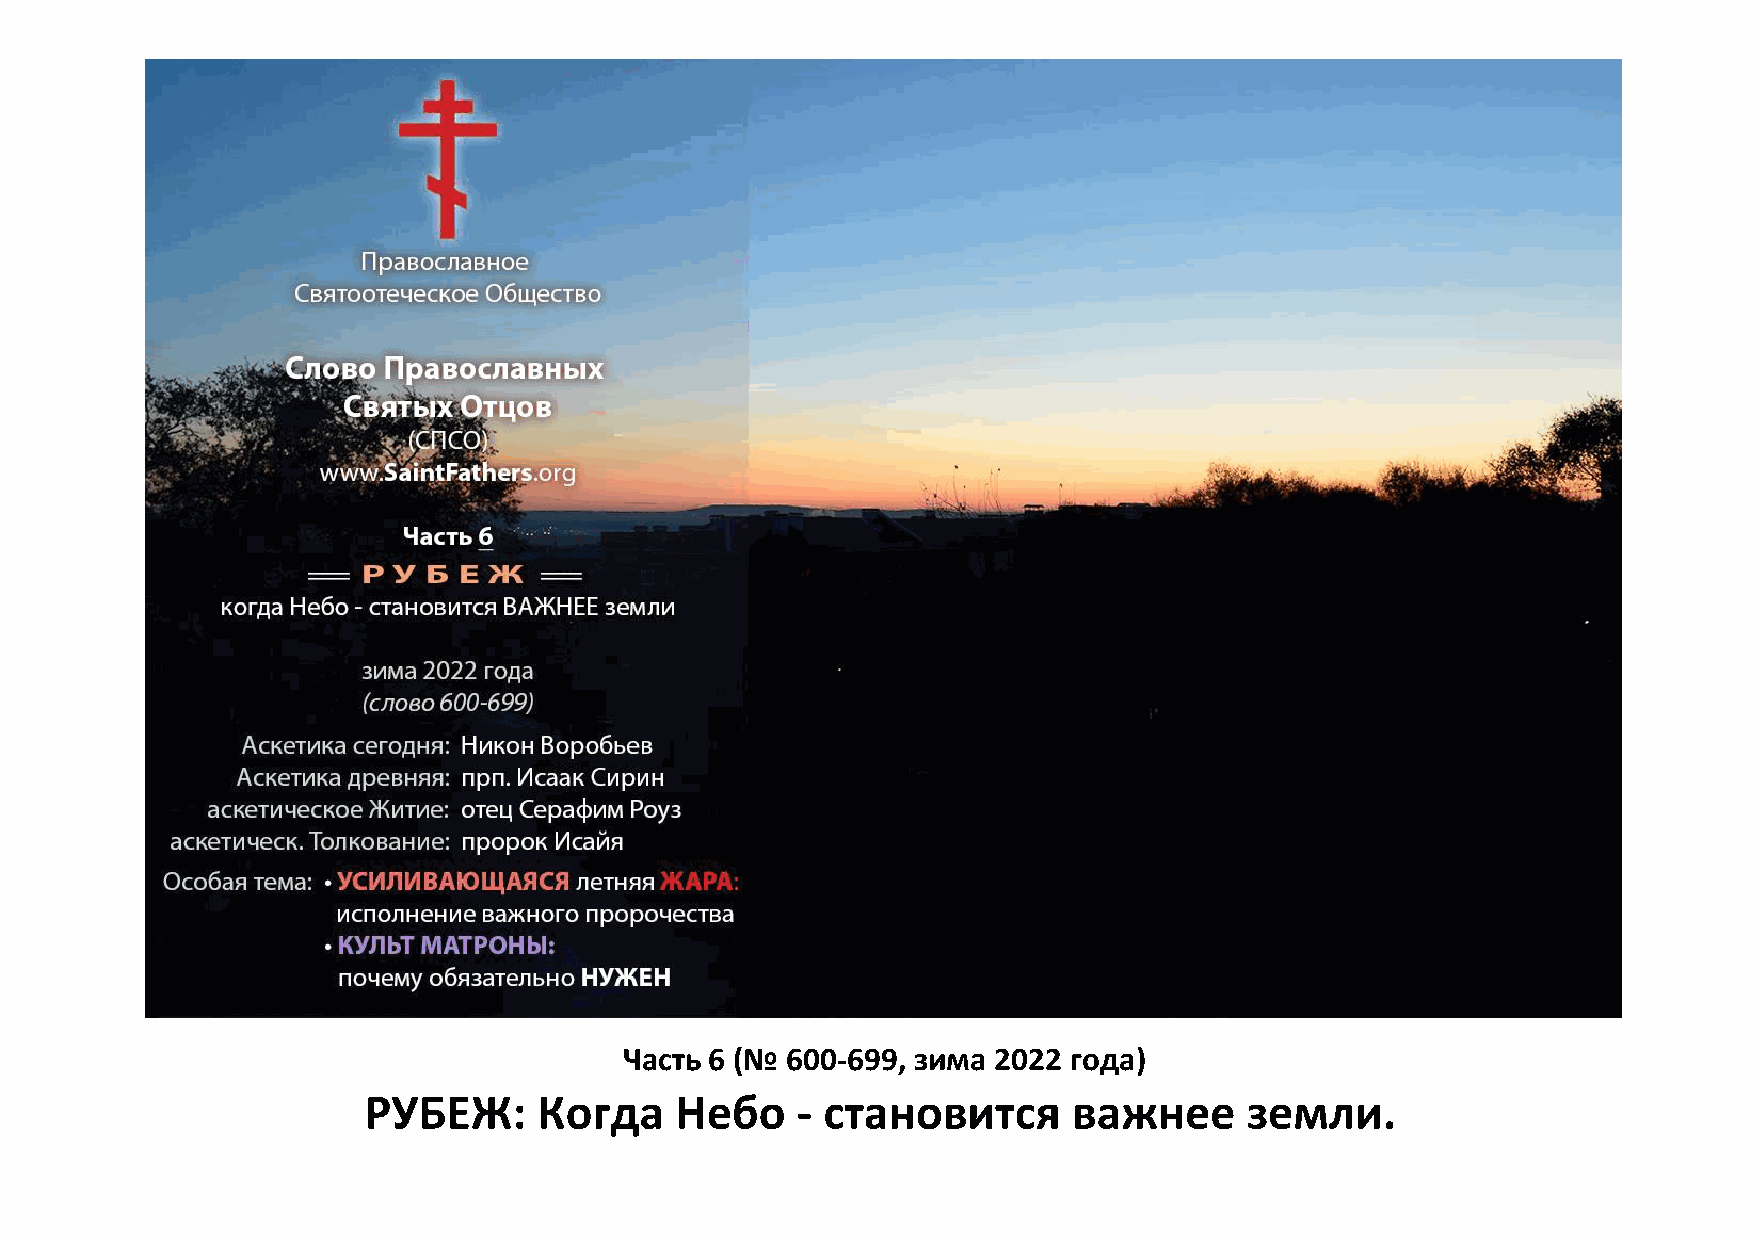
Часть 6 (№ 600-699, зима 2022 года)
 РУБЕЖ:      Когда    Небо    - становится      важнее      земли.